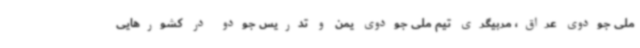
ملی جودوی عراق، مربیگری تیم ملی جودوی یمن و تدریس جودو در کشورهایی